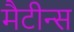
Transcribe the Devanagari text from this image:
मैटीन्स